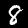
Label: 8